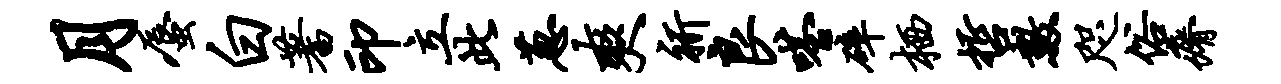
月蜃白蓍印立此葱爽祈良嗒碎栖哲数咫俗瘠